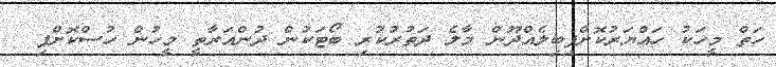
ހަތް މީހަކު ހައްޔަރުކޮށްފިބިލެއްދޫން މާލެ ދަތުރުކުރި ބޯޓަކުން ދުންއަރާތީ މީހުން ހުސްކޮށްފި